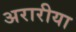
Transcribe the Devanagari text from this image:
अरारीया